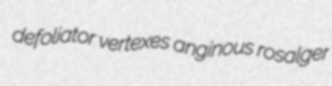
defoliator vertexes anginous rosalger